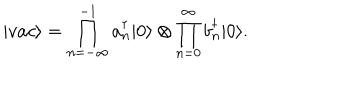
| v a c \rangle = \prod _ { n = - \infty } ^ { - 1 } a _ { n } ^ { \dagger } | 0 \rangle \otimes \prod _ { n = 0 } ^ { \infty } b _ { n } ^ { \dagger } | 0 \rangle .